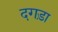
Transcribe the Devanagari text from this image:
दगड़ा